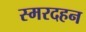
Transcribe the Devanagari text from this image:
स्मरदहन